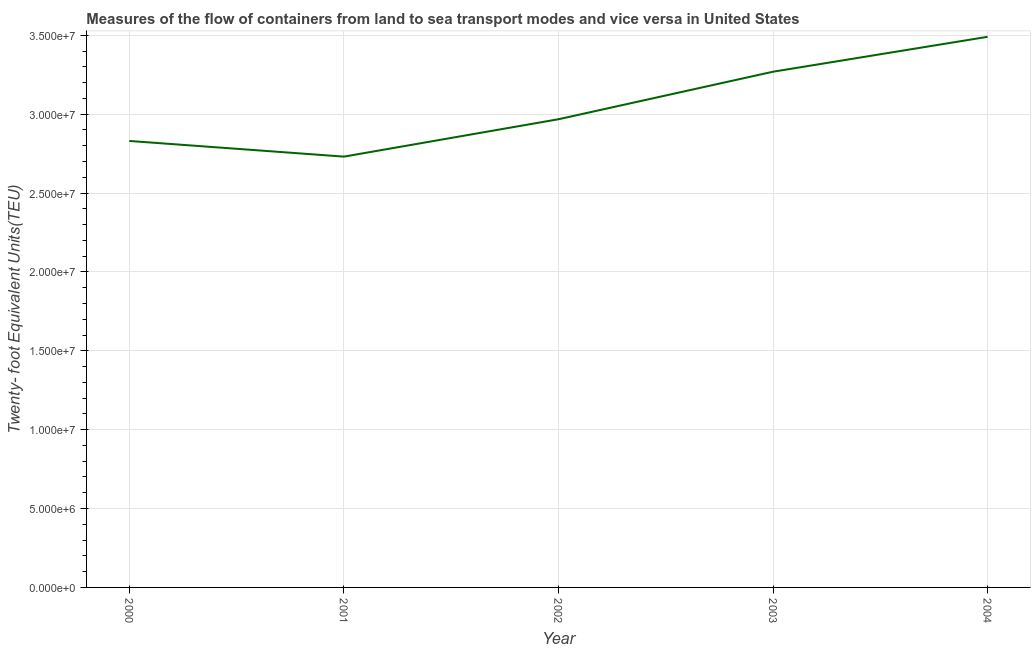
| Year | Container port traffic |
 | --- | --- |
 | 2000 | 2.83e+07 |
 | 2001 | 2.73e+07 |
 | 2002 | 2.97e+07 |
 | 2003 | 3.27e+07 |
 | 2004 | 3.49e+07 |